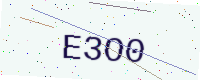
Text: E3O0